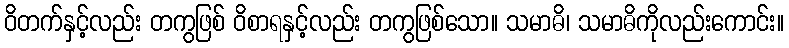
ဝိတက်နှင့်လည်း တကွဖြစ် ဝိစာရနှင့်လည်း တကွဖြစ်သော။ သမာဓိ၊ သမာဓိကိုလည်းကောင်း။